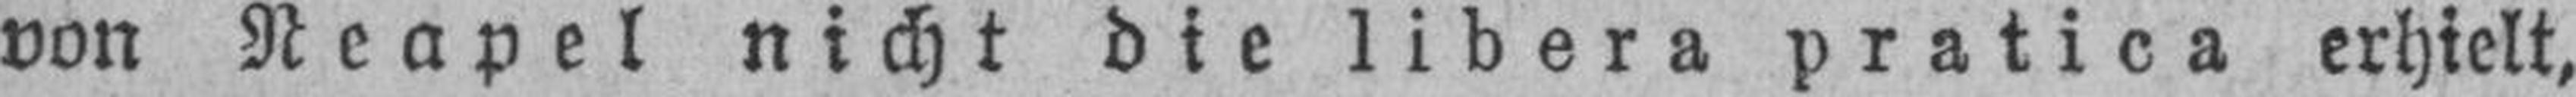
von Neapel nicht die libera pratica erhielt,